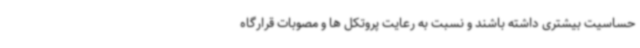
حساسیت بیشتری داشته باشند و نسبت به رعایت پروتکل ها و مصوبات قرارگاه